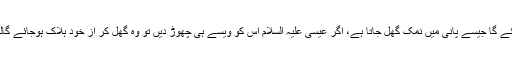
جب انہیں اللہ کا دشمن دجال دیکھے گا تو اس طرح سے گھل جائے گا جیسے پانی میں نمک گھل جاتا ہے، اگر عیسیٰ علیہ السلام اس کو ویسے ہی چھوڑ دیں تو وہ گھل کر از خود ہلاک ہوجائے گالیکن اللہ تعالیٰ اسے عیسیٰ علیہ السلام کے ہاتھوں قتل کرائیں گے۔